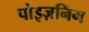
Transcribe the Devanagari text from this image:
पोइज़निंग